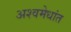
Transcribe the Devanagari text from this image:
अश्वमेधांत